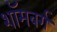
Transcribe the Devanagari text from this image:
शॉमबर्ग